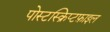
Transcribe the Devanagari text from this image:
पोस्टस्क्रिप्टफ़ाइल